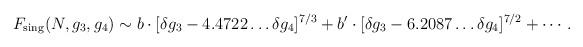
LaTeX: \begin{align*}F_{\rm sing}(N,g_3,g_4) \sim b\cdot [\delta g_3 -4.4722\ldots \delta g_4 ]^{7/3} + b'\cdot [\delta g_3 -6.2087\ldots \delta g_4 ]^{7/2} + \cdots. \end{align*}